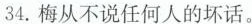
34.梅从不说认可人的坏话。